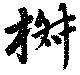
椒